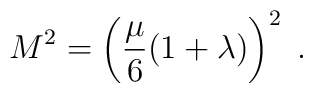
M^2 = \left( {\mu \over 6}(1+\lambda) \right)^2 \; .